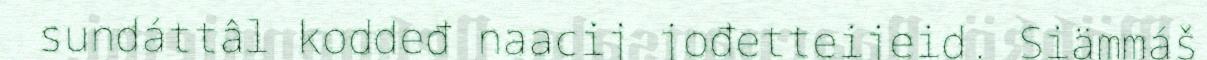
sundáttâl koddeđ naacij jođetteijeid. Siämmáš